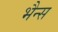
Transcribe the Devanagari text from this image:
भैन्स